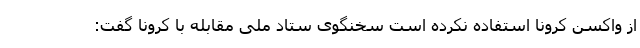
از واکسن کرونا استفاده نکرده است سخنگوی ستاد ملی مقابله با کرونا گفت: